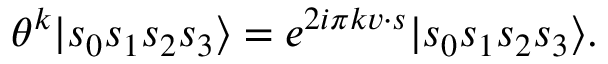
\theta ^ { k } | s _ { 0 } s _ { 1 } s _ { 2 } s _ { 3 } \rangle = e ^ { 2 i \pi k v \cdot s } | s _ { 0 } s _ { 1 } s _ { 2 } s _ { 3 } \rangle .